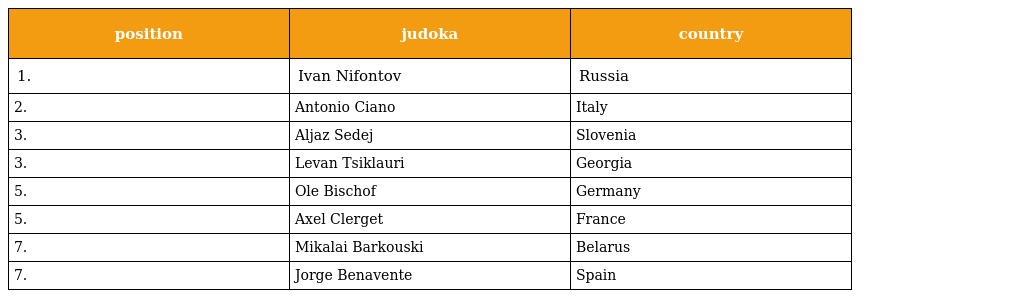
| position | judoka | country |
 | --- | --- | --- |
 | 1. | Ivan Nifontov | Russia |
 | 2. | Antonio Ciano | Italy |
 | 3. | Aljaz Sedej | Slovenia |
 | 3. | Levan Tsiklauri | Georgia |
 | 5. | Ole Bischof | Germany |
 | 5. | Axel Clerget | France |
 | 7. | Mikalai Barkouski | Belarus |
 | 7. | Jorge Benavente | Spain |